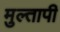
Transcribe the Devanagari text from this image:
मुल्तापी